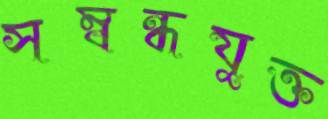
সম্বন্ধযুক্ত